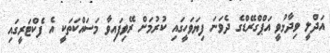
އަދްލީ ވިދާޅުވީ އަޕްގްރޭޑްގެ ދެވަނަ ފިޔަވަހީގައި ކުރުމަށް ރޭވިފައިވާ މަސައްކަތަކީ އެ ފެކްޓަރީގައި